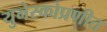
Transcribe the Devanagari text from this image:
युनेस्कोप्रणीत